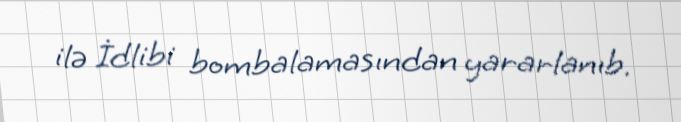
ilə İdlibi bombalamasından yararlanıb.